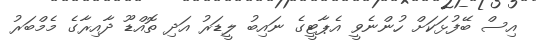
އިސް ބޭފުޅަކަށް ހުންނެވީ އެޕާޓީގެ ނައިބު ލީޑަރު އަދި ތޮއްޑޫ ދާއިރާގެ މެމްބަރު